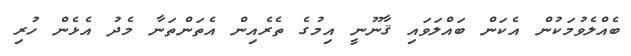
ބެއްލެވުމަކުން އެކަން ބައްލަވައި ޤާނޫނީ އިމުގެ ތެރެއިން އެތަންތަނާ މެދު އެޅެން ހުރި